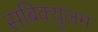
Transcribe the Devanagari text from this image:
सबिक्युलम